Scientific memoirs by medical officers of the Army of India - Part IV,
Year: 1889
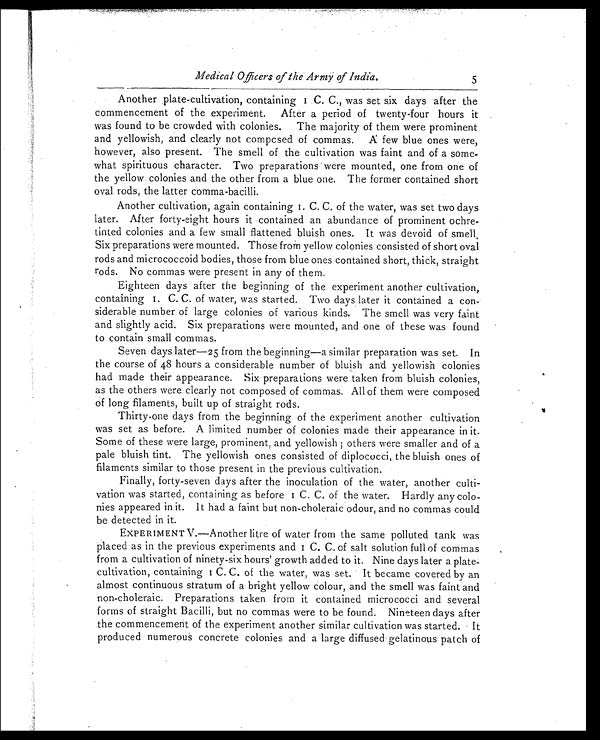
Medical Officers of the Army of India.
5
Another plate-cultivation, containing 1. C. C., was set six days after the
commencement of the experiment. After a period of twenty-four hours it
was found to be crowded with colonies. The majority of them were prominent
and yellowish, and clearly not composed of commas. A few blue ones were,
however, also present. The smell of the cultivation was faint and of a some
- w h a t s p i r i t u o u s c h a r a c t e r . T w o p r e p a r a t i o n s w e r e m o u n t e d , o n e f r o m o n e o f
the yellow colonies and the other from a blue one. The former contained short
oval rods, the latter comma-bacilli.
Another cultivation, again containing 1. C. C. of the water, was set two days
later. After forty-eight hours it contained an abundance of prominent ochre-
tinted colonies and a few small flattened bluish ones. It was devoid of smell
Six preparations were mounted. Those from yellow colonies consisted of short oval
rods and micrococcoid bodies, those from blue ones contained short, thick, straight
r o d s . N o c o m m a s w e r e p r e s e n t i n a n y o f t h e m .
Eighteen days after the beginning of the experiment another cultivation,
containing 1. C. C. of water, was started. Two days later it contained a con
- s i d e r a b l e n u m b e r o f l a r g e c o l o n i e s o f v a r i o u s k i n d s . T h e s m e l l w a s v e r y f a i n t
and slightly acid. Six preparations were mounted, and one of these was found
to contain small commas.
Seven days later—25 from the beginning—a similar preparation was set. In
the course of 48 hours a considerable number of bluish and yellowish colonies
had made their appearance. Six preparations were taken from bluish colonies,
as the others were clearly not composed of commas. All of them were composed
of long filaments, built up of straight rods.
Thirty-one days from the beginning of the experiment another cultivation
was set as before. A limited number of colonies made their appearance in it.
Some of these were large, prominent, and yellowish; others were smaller and of a
pale bluish tint. The yellowish ones consisted of diplococci, the bluish ones of
filaments similar to those present in the previous cultivation.
Finally, forty-seven days after the inoculation of the water, another culti
-vation was started, containing as before 1 C. C. of the water. Hardly any colo
- n i e s a p p e a r e d i n i t . I t h a d a f a i n t b u t n o n - c h o l e r a i c o d o u r , a n d n o c o m m a s c o u l d
be detected in it.
EXPERIMENT V.—Another litre of water from the same polluted tank was
placed as in the previous experiments and 1 C. C. of salt solution full of commas
from a cultivation of ninety-six hours' growth added to it. Nine days later a plate-
cul t i vat i on, cont ai ni ng 1 C. C. of t he wat er , was s et . I t became cover ed by an
almost continuous stratum of a bright yellow colour, and the smell was faint and
non-choleraic. Preparations taken from it contained micrococci and several
forms of straight Bacilli, but no commas were to be found. Nineteen days after
the commencement of the experiment another similar cultivation was started. It
produced numerous concrete colonies and a large diffused gelatinous patch of